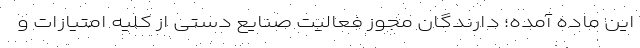
این ماده آمده؛ دارندگان مجوز فعالیت صنایع دستی از کلیه امتیازات و